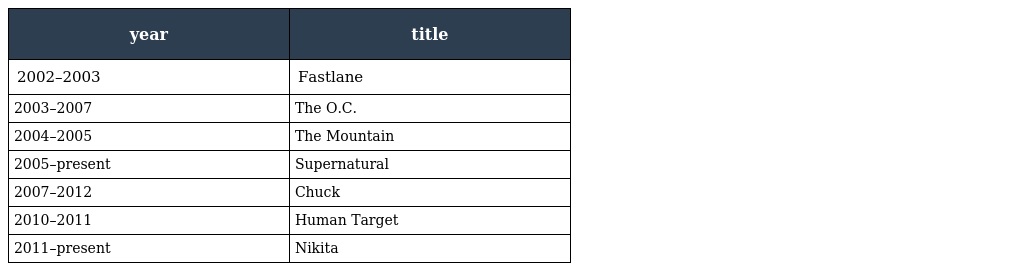
| year | title |
 | --- | --- |
 | 2002–2003 | Fastlane |
 | 2003–2007 | The O.C. |
 | 2004–2005 | The Mountain |
 | 2005–present | Supernatural |
 | 2007–2012 | Chuck |
 | 2010–2011 | Human Target |
 | 2011–present | Nikita |